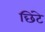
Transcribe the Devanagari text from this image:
छिंटे